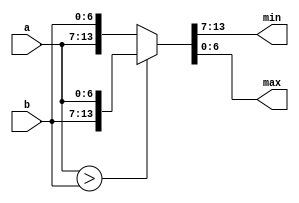
module BE #(
    parameter N = 7
) (
    input  signed [N-1:0] a,
    input  signed [N-1:0] b,
    output signed [N-1:0] min,
    output signed [N-1:0] max
);

    assign {min, max} = (a > b) ? {b, a} : {a, b};

endmodule